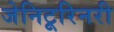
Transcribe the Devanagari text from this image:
जेनिटूरिनरी